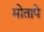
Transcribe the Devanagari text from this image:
मोतापे